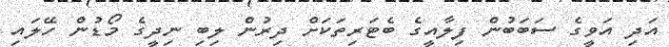
އަދި އަވީގެ ސަބަބުން ފިލާއީގެ ބެޓަރިތަކަށް ދިރުން ލިބި ނިދީގެ މޯޑުން ހޭލައި